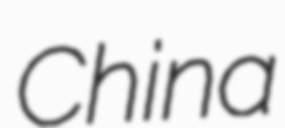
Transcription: China